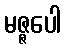
မဇ္ဇပေါ